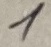
Text: 1